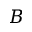
B